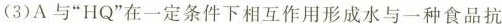
(3)A与”HQ”在一定条件下相互作用形成水与一种食品抗